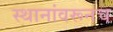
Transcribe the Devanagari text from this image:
स्थानांवरूनच